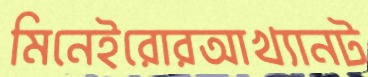
মিনেইরোরআখ্যানট